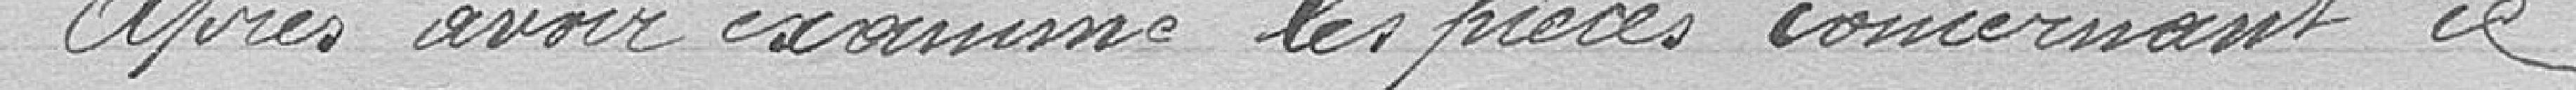
après avoir examiné les pièces concernant ce